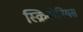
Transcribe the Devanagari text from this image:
स्क्रिबोनियस